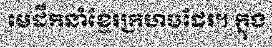
មេដឹកនាំខ្មែរក្រហមដែរ។ ក្នុង